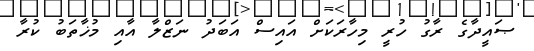
ޞައީދާގެ ރާގު ހުރީ މިހާރަކަށް އައިސް އަބަދު ނަޒްލާ އާއި މުޚާތަބު ކުރާ